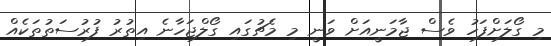
މި ގޯލަށްފަހު ވެސް ޖާމަނީއަށް ވަނީ މި މެޗުގައި ގޯލްޖަހާނެ އިތުރު ފުރުސަތުތަކެއް